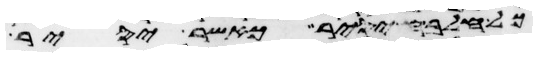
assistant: כל חלבה יסיר כאשר יסיר